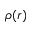
\rho ( r )